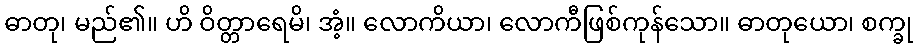
ဓာတု၊ မည်၏။ ဟိ ဝိတ္တာရေမိ၊ အံ့။ လောကိယာ၊ လောကီဖြစ်ကုန်သော။ ဓာတုယော၊ စက္ခု